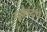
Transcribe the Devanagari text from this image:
युक्रांदचे